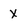
Character: X